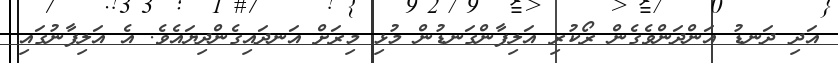
އަދި ދަނޑު އަންދަންވެގެން ރޯކުރި އަލިފާންގަނޑުން މުޅި މިރަށް އަނދައިގެންދިޔައެވެ. އެ އަލިފާނުގައި